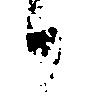
候